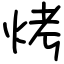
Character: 烤